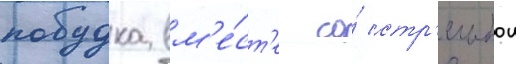
побудка вм'е́ст'е со́ стр'ельбои